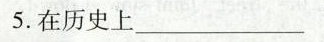
5.在历史上___